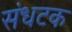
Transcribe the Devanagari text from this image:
संधटक